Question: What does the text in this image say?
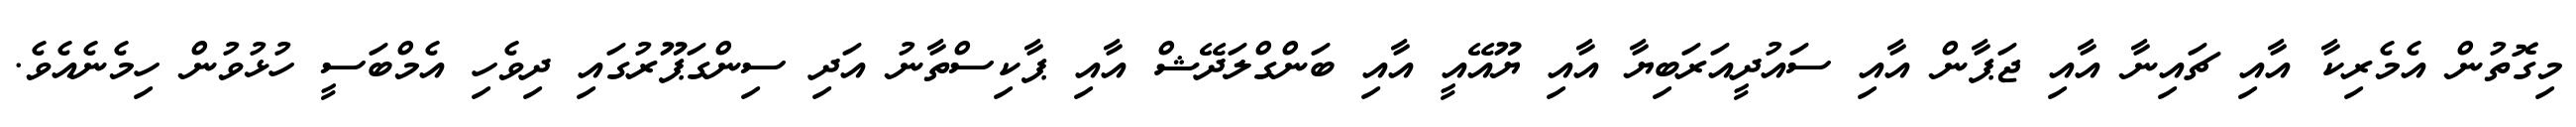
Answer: މިގޮތުން އެމެރިކާ އާއި ޗައިނާ އާއި ޖަޕާން އާއި ސައުދީއަރަބިޔާ އާއި ޔޫއޭއީ އާއި ބަންގްލަދޭޝް އާއި ޕާކިސްތާނު އަދި ސިންގަޕޫރުގައި ދިވެހި އެމްބަސީ ހުޅުވުން ހިމެނެއެވެ.